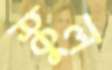
স্কুল